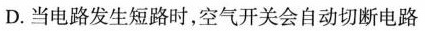
D.当电路发生短路时，空气开关会自动切断电路